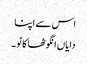
اس سے اپنا
دایاں انگوٹھا کاٹو ۔